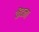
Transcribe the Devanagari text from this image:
कॆदना